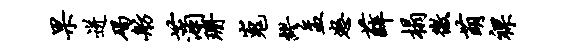
果迸碣舫蒲珊嵬缪盂怒薛榻徼萌裸